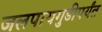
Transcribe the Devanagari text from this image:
जलपायगुडीपर्यंत